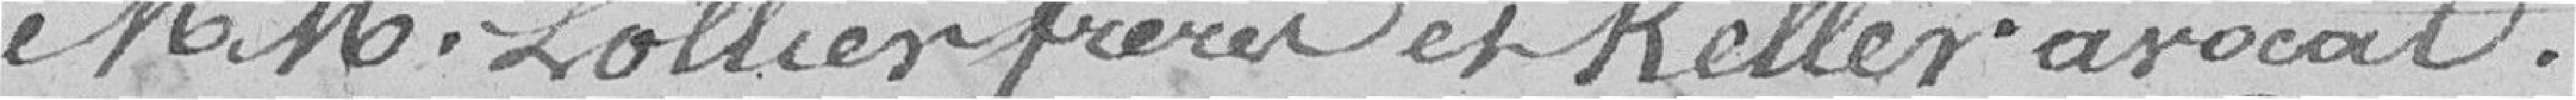
Messieurs Lollier frères et Keller, avocat.